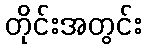
တိုင်းအတွင်း